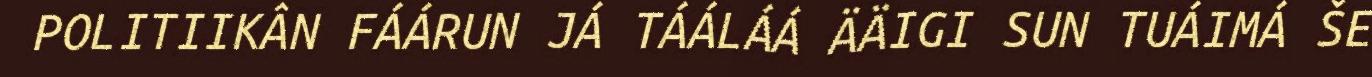
POLITIIKÂN FÁÁRUN JÁ TÁÁLÁÁ ÄÄIGI SUN TUÁIMÁ ŠE